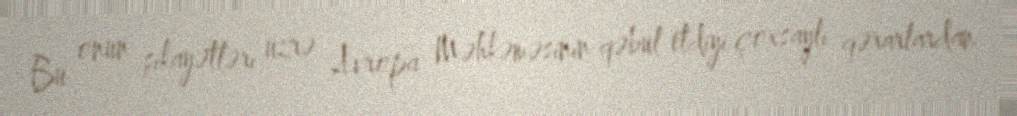
Bu onun şikayətləri üzrə Avropa Məhkəməsinin qəbul etdiyi çoxsaylı qərarlardan